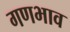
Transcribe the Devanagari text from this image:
गणभाव